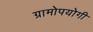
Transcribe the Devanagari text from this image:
ग्रामोपयोगी